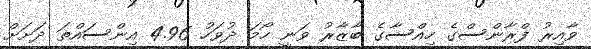
ވާއިރު ފްރާންސްގެ ހިއްސާގެ ބާޒާރު ވަނީ ހޯމަ ދުވަހު 4.96 އިންސައްތަ ދަށަށް